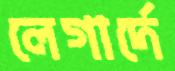
লেগার্দে